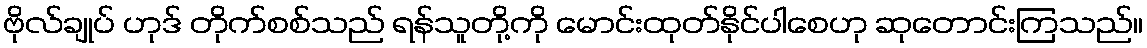
ဗိုလ်ချုပ် ဟုဒ် တိုက်စစ်သည် ရန်သူတို့ကို မောင်းထုတ်နိုင်ပါစေဟု ဆုတောင်းကြသည်။